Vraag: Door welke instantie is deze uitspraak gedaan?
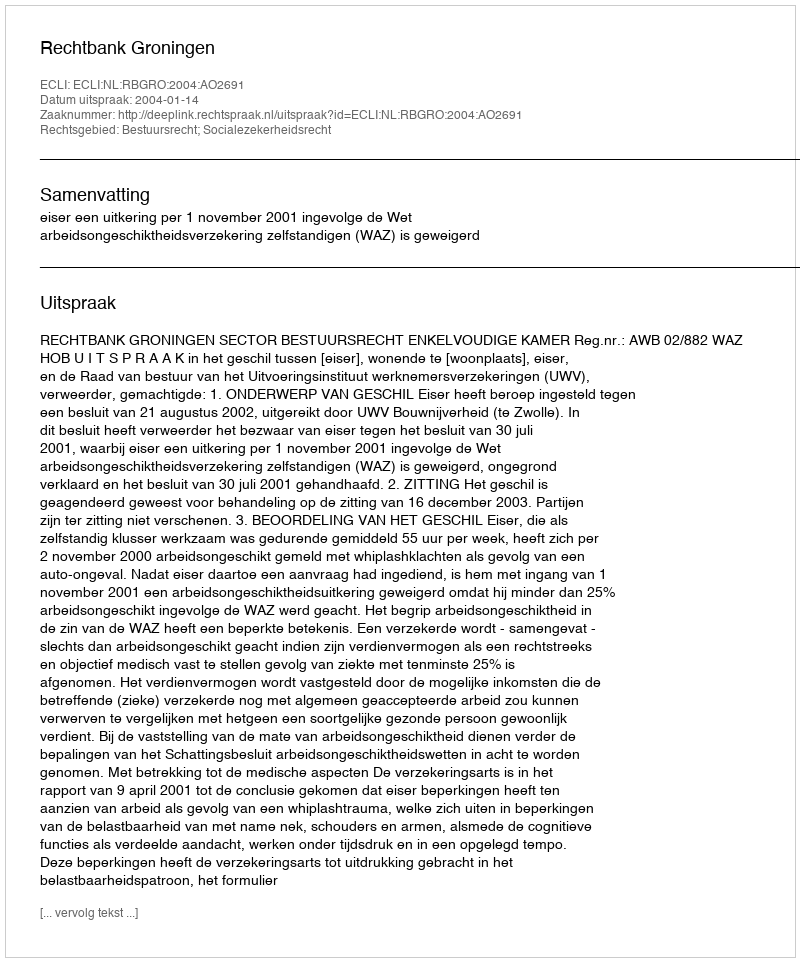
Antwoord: Rechtbank Groningen